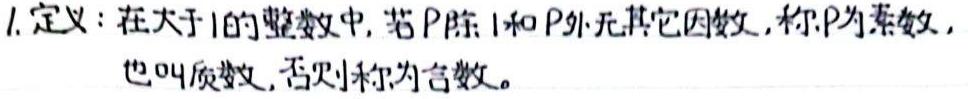
1. 定义：在大于1的整数中，若$P$除1和$P$外无其它因数，称$P$为素数，也叫质数，否则称为合数。